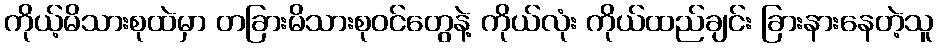
ကိုယ့်မိသားစုထဲမှာ တခြားမိသားစုဝင်တွေနဲ့ ကိုယ်လုံး ကိုယ်ထည်ချင်း ခြားနားနေတဲ့သူ